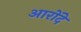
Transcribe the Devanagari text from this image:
आरोंदे